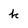
Character: k